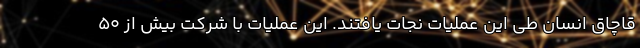
قاچاق انسان طی این عملیات نجات یافتند. این عملیات با شرکت بیش از ۵۰